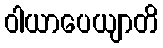
ဝါယာပေယျာတိ